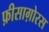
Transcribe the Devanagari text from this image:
फ़ीसाग़ोरस